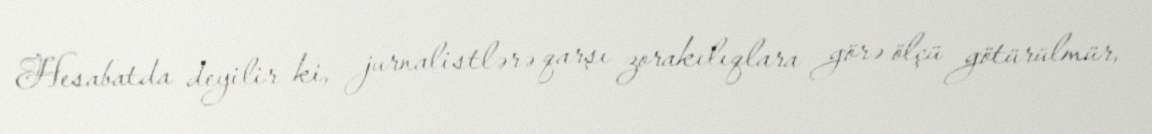
Hesabatda deyilir ki, jurnalistlərə qarşı zorakılıqlara görə ölçü götürülmür,